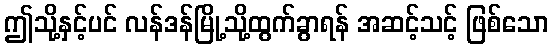
ဤသို့နှင့်ပင် လန်ဒန်မြို့သို့ထွက်ခွာရန် အဆင့်သင့် ဖြစ်သော